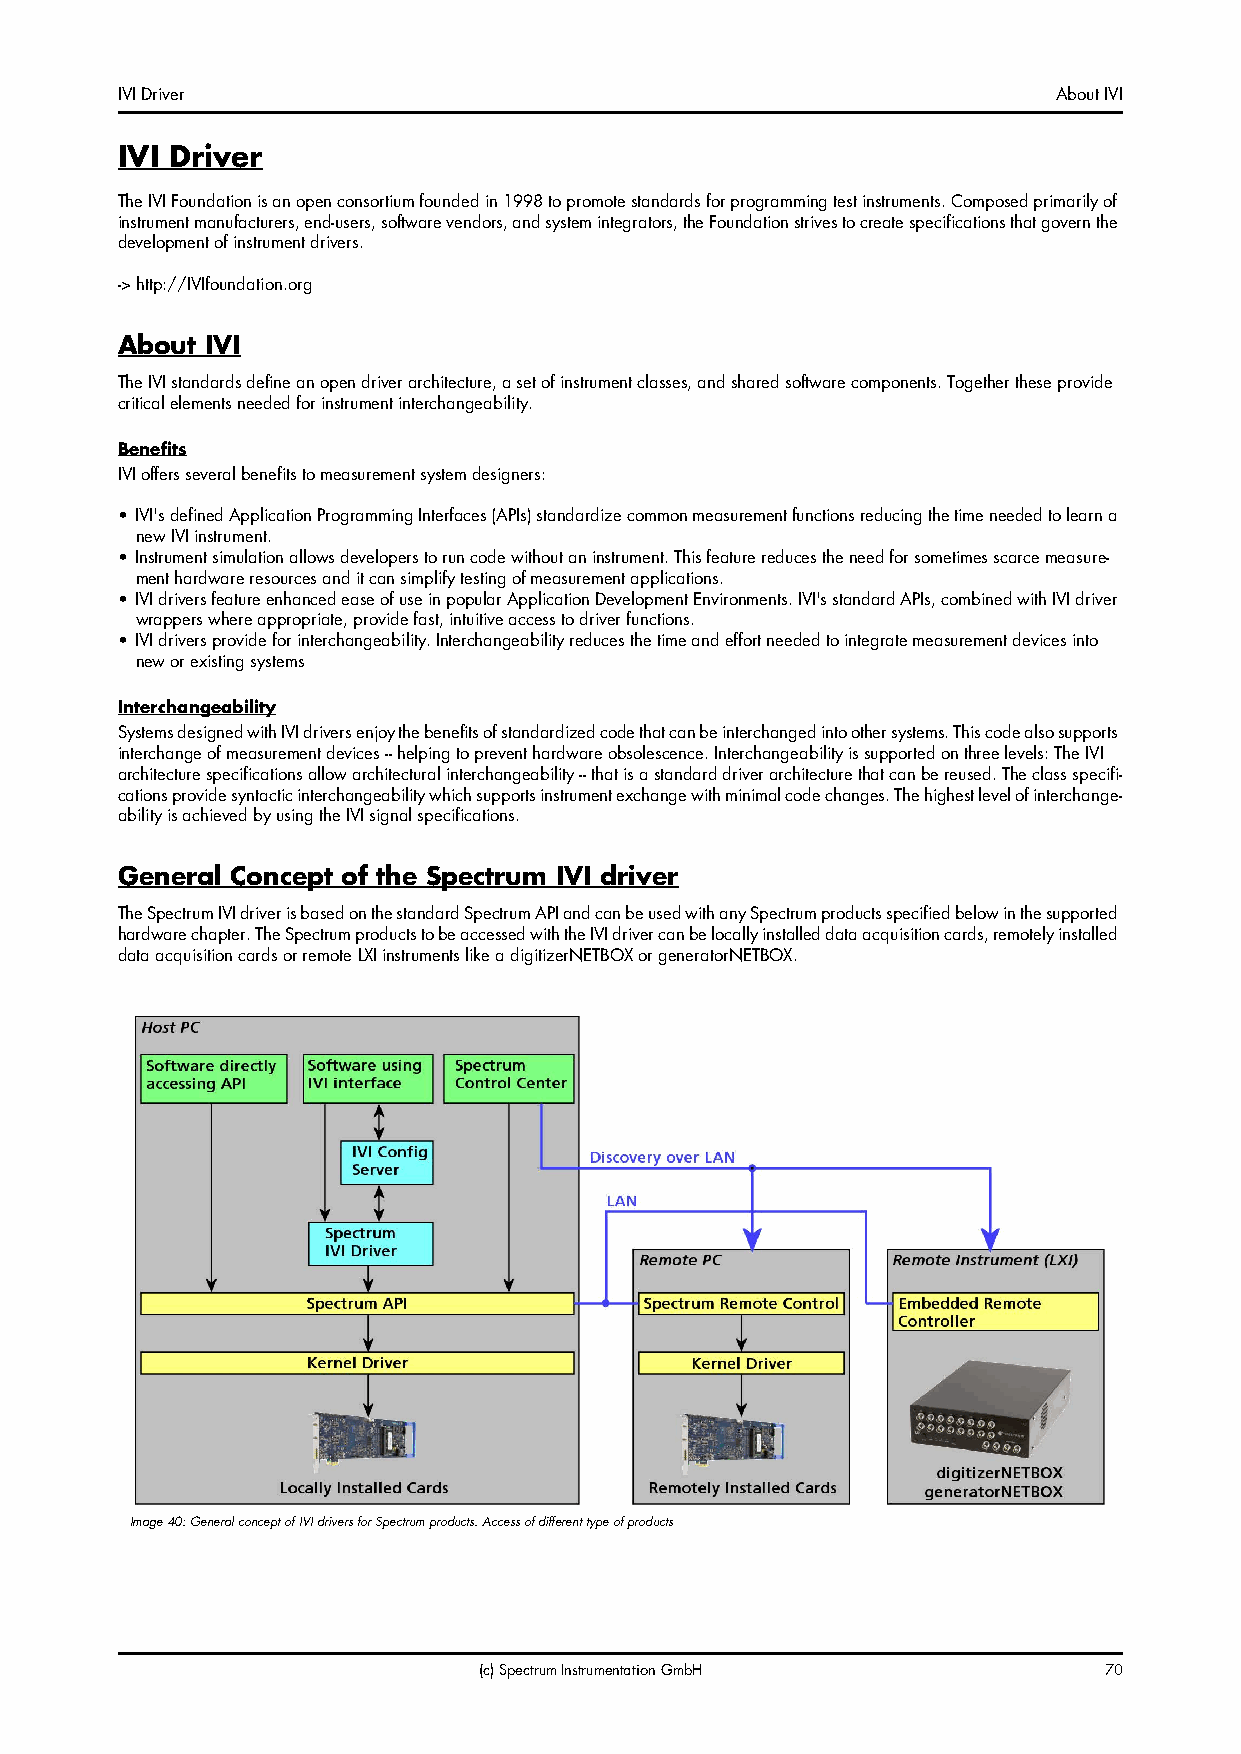
IVI Driver                                                    About IVI
 IVI Driver
 The IVI Foundation is an open consortium founded in 1998 to promote standards for programming test instruments. Composed primarily of
 instrument manufacturers, end-users, software vendors, and system integrators, the Foundation strives to create specifications that govern the
 development of instrument drivers.
 -> http://IVIfoundation.org
 About IVI
 The IVI standards define an open driver architecture, a set of instrument classes, and shared software components. Together these provide
 critical elements needed for instrument interchangeability.
 Benefits
 IVI offers several benefits to measurement system designers:
 • IVI's defined Application Programming Interfaces (APIs) standardize common measurement functions reducing the time needed to learn a
 new IVI instrument.
 • Instrument simulation allows developers to run code without an instrument. This feature reduces the need for sometimes scarce measure-
 ment hardware resources and it can simplify testing of measurement applications.
 • IVI drivers feature enhanced ease of use in popular Application Development Environments. IVI's standard APIs, combined with IVI driver
 wrappers where appropriate, provide fast, intuitive access to driver functions.
 • IVI drivers provide for interchangeability. Interchangeability reduces the time and effort needed to integrate measurement devices into
 new or existing systems
 Interchangeability
 Systems designed with IVI drivers enjoy the benefits of standardized code that can be interchanged into other systems. This code also supports
 interchange of measurement devices -- helping to prevent hardware obsolescence. Interchangeability is supported on three levels: The IVI
 architecture specifications allow architectural interchangeability -- that is a standard driver architecture that can be reused. The class specifi-
 cations provide syntactic interchangeability which supports instrument exchange with minimal code changes. The highest level of interchange-
 ability is achieved by using the IVI signal specifications.
 General Concept of the Spectrum IVI driver
 The Spectrum IVI driver is based on the standard Spectrum API and can be used with any Spectrum products specified below in the supported
 hardware chapter. The Spectrum products to be accessed with the IVI driver can be locally installed data acquisition cards, remotely installed
 data acquisition cards or remote LXI instruments like a digitizerNETBOX or generatorNETBOX.
 Image 40: General concept of IVI drivers for Spectrum products. Access of different type of products
 (c) Spectrum Instrumentation GmbH        70